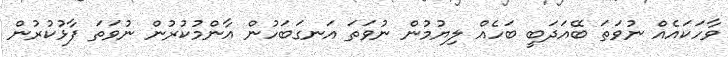
ވާހަކައެއް ނުވަތަ ބޭއަދަބީ ބަހެއް ލިޔުމުން ނުވަތަ އަނގަބަހުން އާންމުކުރުން ނުވަތަ ފާޅުކުރުން